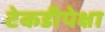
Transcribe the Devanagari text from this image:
टेकडीपेक्षा